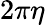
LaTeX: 2\pi\eta